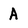
Character: A